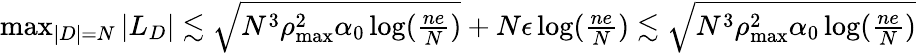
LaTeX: \begin{array}{r}{\operatorname*{max}_{|D|=N}|L_{D}|\lesssim\sqrt{N^{3}\rho_{\operatorname*{max}}^{2}\alpha_{0}\log(\frac{ne}{N})}+N\epsilon\log(\frac{ne}{N})\lesssim\sqrt{N^{3}\rho_{\operatorname*{max}}^{2}\alpha_{0}\log(\frac{ne}{N})}}\end{array}